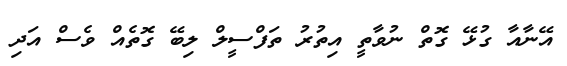
އޭނާއާ ގުޅޭ ގޮތް ނުވާތީ އިތުރު ތަފްސީލް ލިބޭ ގޮތެއް ވެސް އަދި